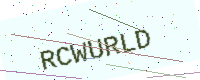
Text: RCWURLD